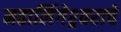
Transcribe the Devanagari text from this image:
महालिंगेश्र्वराचे